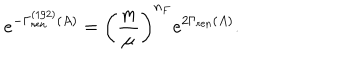
e ^ { - \Gamma _ { \mathrm { r e n } } ^ { ( 1 / 2 ) } ( A ) } = \left( { \frac { m } { \mu } } \right) ^ { n _ { F } } e ^ { 2 \Gamma _ { \mathrm { r e n } } ( A ) } .